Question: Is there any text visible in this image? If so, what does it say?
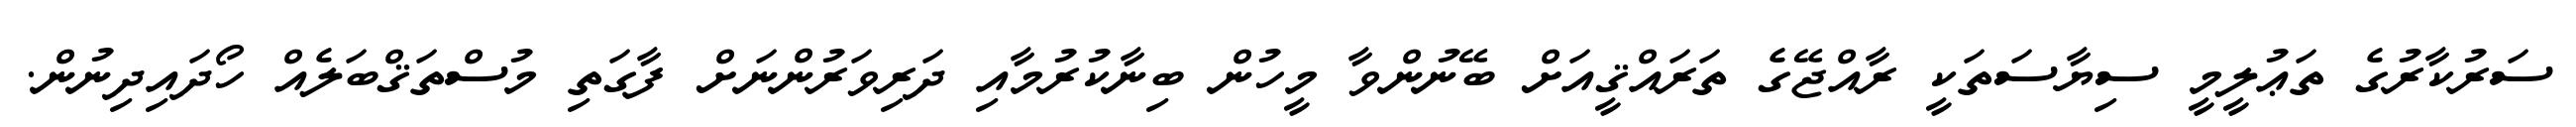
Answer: ސަރުކާރުގެ ތަޢުލީމީ ސިޔާސަތަކީ ރާއްޖޭގެ ތަރައްޤީއަށް ބޭނުންވާ މީހުން ބިނާކުރުމާއި ދަރިވަރުންނަށް ފާގަތި މުސްތަޤްބަލެއް ހޯދައިދިނުން.